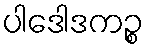
ပါဒေါဒကဉ္စ